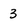
Character: 3